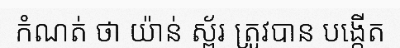
កំណត់ ថា យ៉ាន់ ស្ព័រ ត្រូវបាន បង្កើត